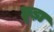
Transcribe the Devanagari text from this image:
छूड़ा